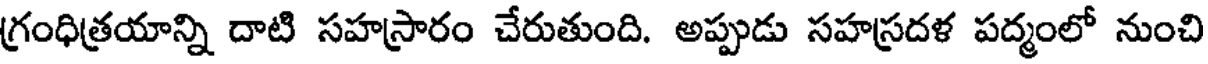
గ్రంధిత్రయాన్ని దాటి సహస్రారం చేరుతుంది. అప్పుడు సహస్రదళ పద్మంలో నుంచి